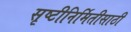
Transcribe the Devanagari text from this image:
सृष्टीनिर्मितीसाठी